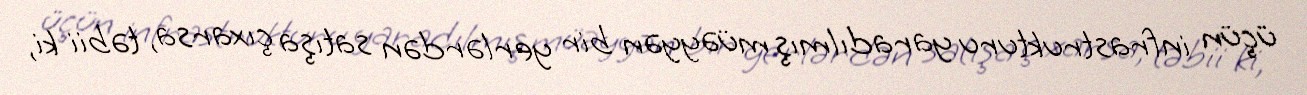
üçün infrastrukturu yaradılmış müəyyən bir yerlərdən satışa çıxarsa, təbii ki,